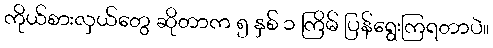
ကိုယ်စားလှယ်တွေ ဆိုတာက ၅ နှစ် ၁ ကြိမ် ပြန်ရွေးကြရတာပဲ။